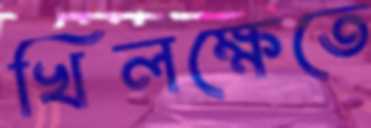
খিলক্ষেতে